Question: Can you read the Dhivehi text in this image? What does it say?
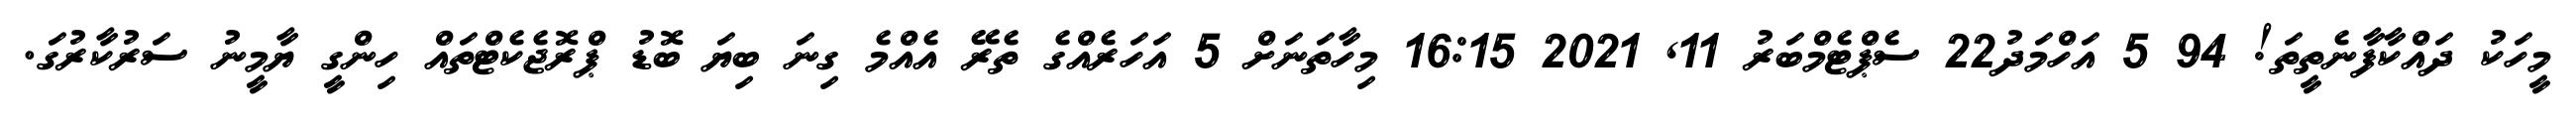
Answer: މީހަކު ދައްކާފާނެތީތަ! 94 5 އަހްމަދު22 ސެޕްޓެމްބަރު 11, 2021 16:15 މިހާތަނަށް 5 އަހަރެއްގެ ތެރޭ އެއްމެ ގިނަ ބިޔަ ބޮޑު ޕްރޮޖެކެޓްތައް ހިންގީ ޔާމީނު ސަރުކާރުގަ.